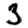
Digit: 3